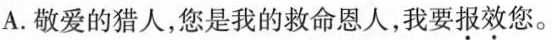
A.敬爱的猎人，您是我的救命恩人，我要报效您。